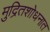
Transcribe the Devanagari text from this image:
मुद्रितशोधनात